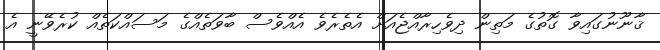
ޤާނޫނުގައިވާ ގޮތުގެ މަތިން ދިވެހިރާއްޖެއަށް އެތެރެވެ އެއްވެސް ބާވަތެއްގެ މަސައްކަތެއް ކުރެވޭނީ އެ